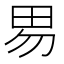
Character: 𰢽